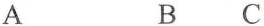
A B C